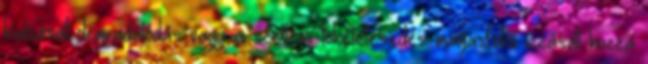
kialvását degradálódás vagy a szellemi tökéletesedés magasfokú izzását hozza